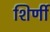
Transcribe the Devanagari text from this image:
शिर्णी